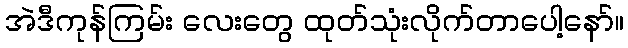
အဲဒီကုန်ကြမ်း လေးတွေ ထုတ်သုံးလိုက်တာပေါ့နော်။